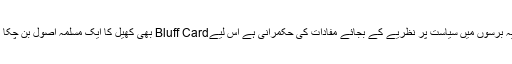
حالیہ برسوں میں سیاست پر نظریے کے بجائے مفادات کی حکمرانی ہے اس لیےBluff Card بھی کھیل کا ایک مسلمہ اصول بن چکا ہے۔